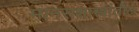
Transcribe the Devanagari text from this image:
मानसशास्त्रांतील